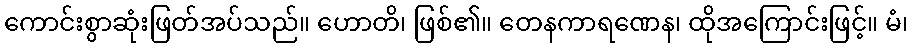
ကောင်းစွာဆုံးဖြတ်အပ်သည်။ ဟောတိ၊ ဖြစ်၏။ တေနကာရဏေန၊ ထိုအကြောင်းဖြင့်။ မံ၊